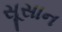
સૂસાન